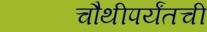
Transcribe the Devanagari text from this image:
चौथीपर्यंतची